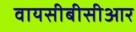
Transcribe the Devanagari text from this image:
वायसीबीसीआर